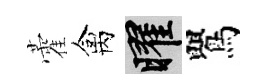
藿禽曜鸎